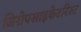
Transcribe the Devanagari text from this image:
जिरोपसाइकेटरिस्ट